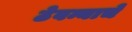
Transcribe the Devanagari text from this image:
ठेवन्याचे